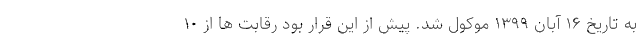
به تاریخ ۱۶ آبان ۱۳۹۹ موکول شد. پیش از این قرار بود رقابت ها از ۱۰